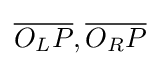
{\overline {O_{L}P}},{\overline {O_{R}P}}